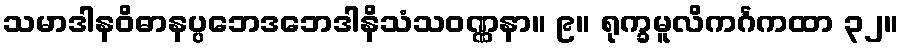
သမာဒါနဝိဓာနပ္ပဘေဒဘေဒါနိသံသဝဏ္ဏနာ။ ၉။ ရုက္ခမူလိကင်္ဂကထာ ၃၂။